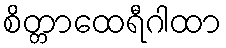
စိတ္တာထေရီဂါထာ